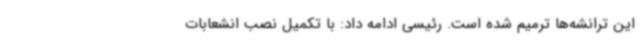
این ترانشه‌ها ترمیم شده است. رئیسی ادامه داد: با تکمیل نصب انشعابات